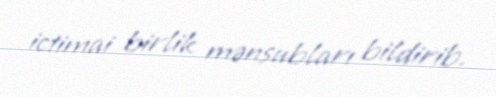
ictimai birlik mənsubları bildirib.